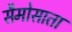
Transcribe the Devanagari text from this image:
सैमोसाता